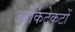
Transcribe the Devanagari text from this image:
आर्किटेकटों